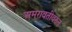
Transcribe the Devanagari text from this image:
अमरावतीवरुन